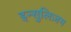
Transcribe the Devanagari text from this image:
इन्सुलिज़म